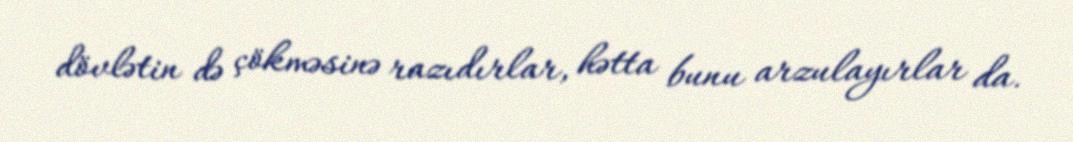
dövlətin də çökməsinə razıdırlar, hətta bunu arzulayırlar da.